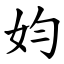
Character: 㚬